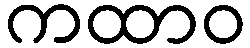
ကထာဝ